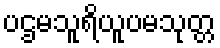
ပဌမသူရိယူပမသုတ္တ